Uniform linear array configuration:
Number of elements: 48
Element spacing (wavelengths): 0.5
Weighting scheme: blackman
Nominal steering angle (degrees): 60
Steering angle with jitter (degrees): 58.487
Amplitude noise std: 0.05
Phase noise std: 0.05

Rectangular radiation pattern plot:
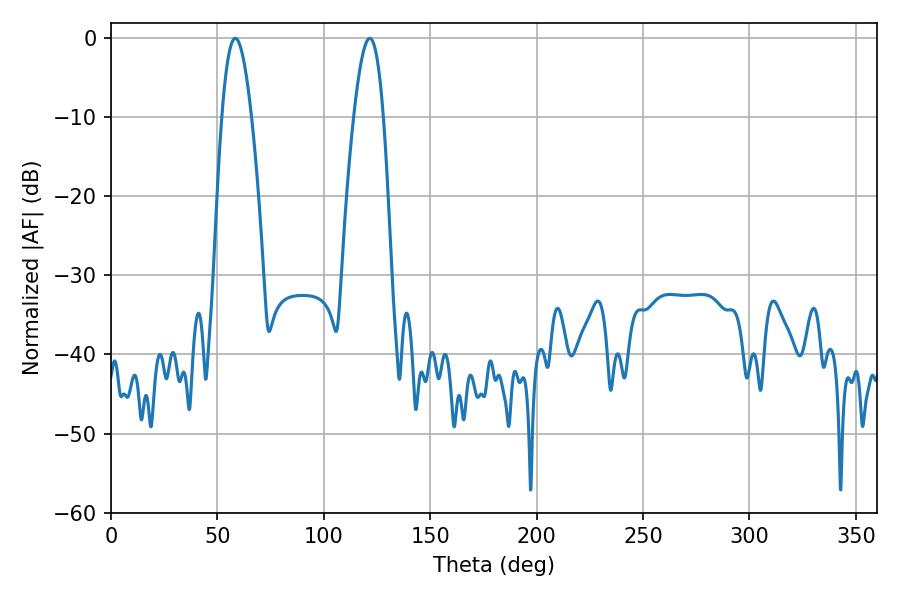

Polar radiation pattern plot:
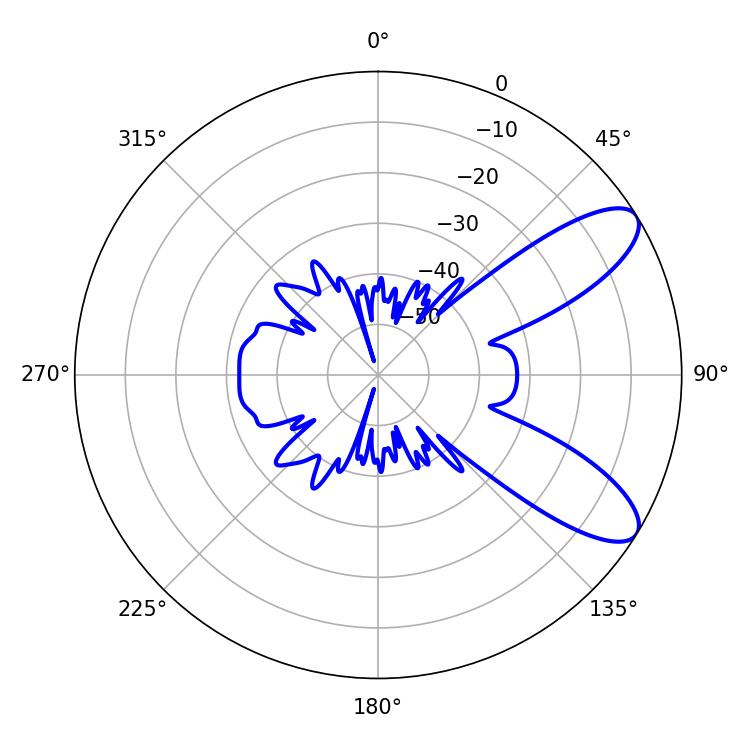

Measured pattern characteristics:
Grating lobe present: FALSE
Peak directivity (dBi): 9.125
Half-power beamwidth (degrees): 7.56
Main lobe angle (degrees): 58.32